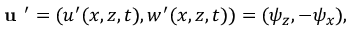
{ \textbf { u } } ^ { \prime } = ( u ^ { \prime } ( x , z , t ) , w ^ { \prime } ( x , z , t ) ) = ( \psi _ { z } , - \psi _ { x } ) ,